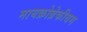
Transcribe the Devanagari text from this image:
मायक्रोब्रेकीयम